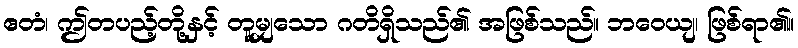
ဧတံ၊ ဤတပည့်တို့နှင့် တူမျှသော ဂတိရှိသည်၏ အဖြစ်သည်။ ဘဝေယျ၊ ဖြစ်ရာ၏။